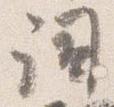
詞